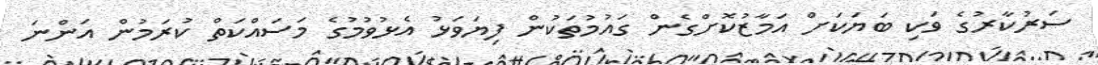
ސަރުކާރުގެ ވަކި ބަޔަކަށް އަމާޒުކޮށްގެން ގައުމުތަކުން ފިޔަވަޅު އެޅުވުމުގެ މަސައްކަތް ކުރަމުން އަންނަ